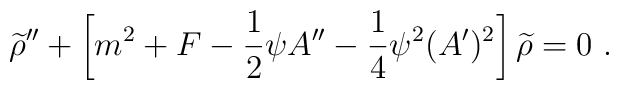
{\widetilde \rho}^{\prime\prime}+\left[m^2+F-{1\over 2}\psi A^{\prime\prime}-{1\over 4}\psi^2(A^\prime)^2\right]{\widetilde \rho}=0~.